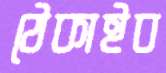
ঠেকাইব